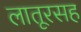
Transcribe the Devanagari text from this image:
लातूरसह